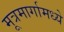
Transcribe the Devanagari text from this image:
मूत्रमार्गामध्ये